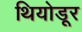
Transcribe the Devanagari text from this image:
थियोडूर